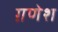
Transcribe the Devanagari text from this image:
ग़णेश